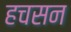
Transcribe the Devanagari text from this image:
हचसन